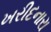
ખરીદનારા